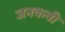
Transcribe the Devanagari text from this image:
जनकवी